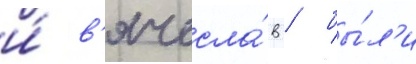
и́ в'ячесла́в / бы́л'и